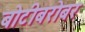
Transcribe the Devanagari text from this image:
बोटीबरोबर